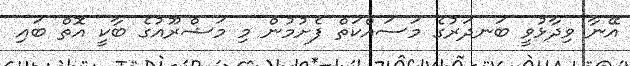
އޭނާ ވިދާޅުވީ ބަނދަރުގެ މަސައްކަތް ފެށުމުން މި މަޝްރޫއުގެ ބާކީ އޮތް ބައި